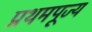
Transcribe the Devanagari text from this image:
प्रथमपूज्य